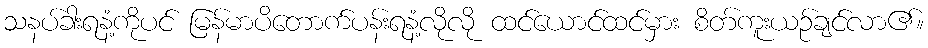
သနပ်ခါးရနံ့ကိုပင် မြန်မာပိတောက်ပန်းရနံ့လိုလို ထင်ယောင်ထင်မှား စိတ်ကူးယဉ်ချင်လာ၏။